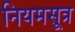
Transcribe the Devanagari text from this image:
नियमसूत्र